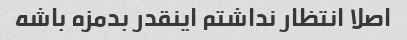
اصلا انتظار نداشتم اینقدر بدمزه باشه